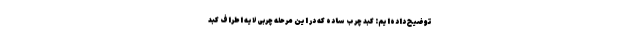
توضیح داده‌ایم: کبد چرب ساده که در این مرحله چربی لایه اطراف کبد